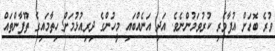
ވުރެ ބޮޑަށް އުފާވެރި ކުރުވަމުންނެވެ. އަދި އަނެއްބައި މީހުންގެ ދިރިއުޅުމަށް ހިތާމައިގެ ތޫފާންތައް